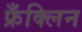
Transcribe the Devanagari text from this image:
फ्रँक्लिन